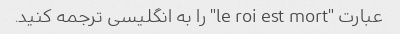
عبارت "le roi est mort" را به انگلیسی ترجمه کنید.